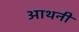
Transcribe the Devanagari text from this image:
आथनी